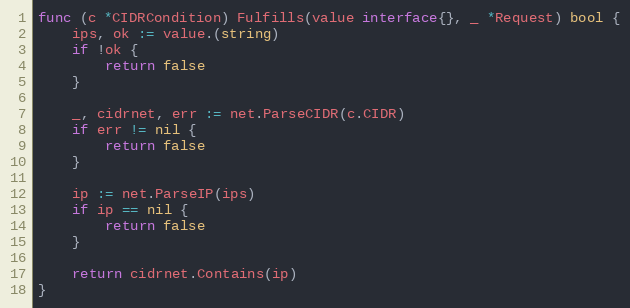
Language: Go
func (c *CIDRCondition) Fulfills(value interface{}, _ *Request) bool {
	ips, ok := value.(string)
	if !ok {
		return false
	}

	_, cidrnet, err := net.ParseCIDR(c.CIDR)
	if err != nil {
		return false
	}

	ip := net.ParseIP(ips)
	if ip == nil {
		return false
	}

	return cidrnet.Contains(ip)
}